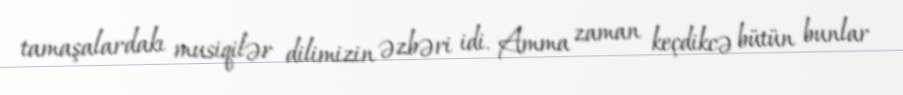
tamaşalardakı musiqilər dilimizin əzbəri idi. Amma zaman keçdikcə bütün bunlar